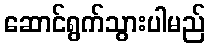
ဆောင်ရွက်သွားပါမည်